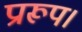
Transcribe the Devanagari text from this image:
प्रारूप।